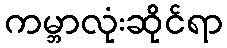
ကမ္ဘာလုံးဆိုင်ရာ